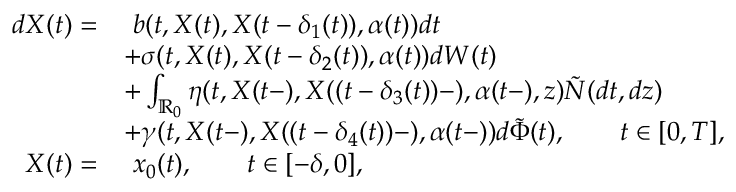
\begin{array} { r l } { d X ( t ) = } & { \ b ( t , X ( t ) , X ( t - \delta _ { 1 } ( t ) ) , \alpha ( t ) ) d t } \\ & { + \sigma ( t , X ( t ) , X ( t - \delta _ { 2 } ( t ) ) , \alpha ( t ) ) d W ( t ) } \\ & { + \int _ { \mathbb { R } _ { 0 } } \eta ( t , X ( t - ) , X ( ( t - \delta _ { 3 } ( t ) ) - ) , \alpha ( t - ) , z ) \tilde { N } ( d t , d z ) } \\ & { + \gamma ( t , X ( t - ) , X ( ( t - \delta _ { 4 } ( t ) ) - ) , \alpha ( t - ) ) d \tilde { \Phi } ( t ) , \qquad t \in [ 0 , T ] , } \\ { X ( t ) = } & { \ x _ { 0 } ( t ) , \qquad t \in [ - \delta , 0 ] , } \end{array}